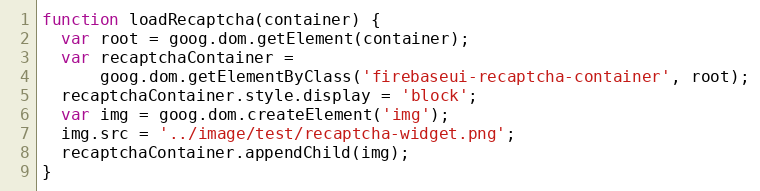
Language: JavaScript
function loadRecaptcha(container) {
  var root = goog.dom.getElement(container);
  var recaptchaContainer =
      goog.dom.getElementByClass('firebaseui-recaptcha-container', root);
  recaptchaContainer.style.display = 'block';
  var img = goog.dom.createElement('img');
  img.src = '../image/test/recaptcha-widget.png';
  recaptchaContainer.appendChild(img);
}